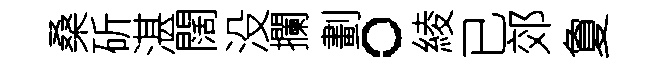
桑斫湛闊没攔劃。綾已郊夐